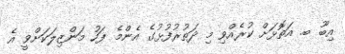
އިބޫ ބ. އަތޮޅަށް ކުރެއްވި މި ދަތުރުފުޅުގެ އެންމެ ފަހު މަންޒިލަކަށްވީ އެ